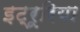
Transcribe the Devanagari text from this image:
इट्रूरिया